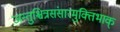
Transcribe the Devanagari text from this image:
जन्तुश्चित्रसंसारमुक्तिभाक्